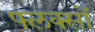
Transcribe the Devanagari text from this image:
फ्लक्सों